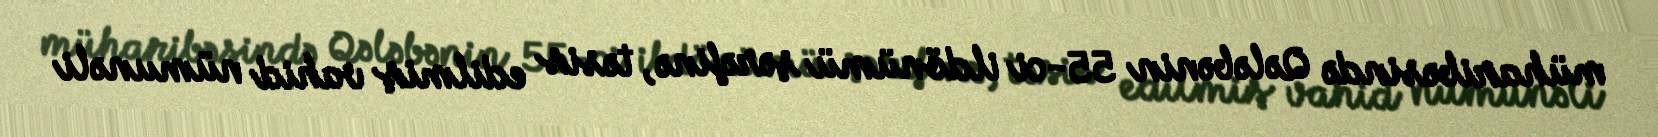
müharibəsində Qələbənin 55-ci ildönümü şərəfinə, təsis edilmiş vahid nümunəli